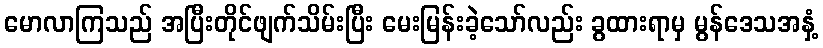
မောလာကြသည် အပြီးတိုင်ဖျက်သိမ်းပြီး မေးမြန်းခဲ့သော်လည်း ခွထားရာမှ မွန်ဒေသအနှံ့